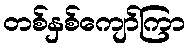
တစ်နှစ်ကျော်ကြာ